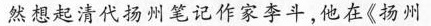
然想起清代扬州笔记作家李斗，他在《扬州